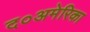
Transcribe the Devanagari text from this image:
द०अमेरिका